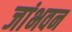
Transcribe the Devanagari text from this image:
जांभवन